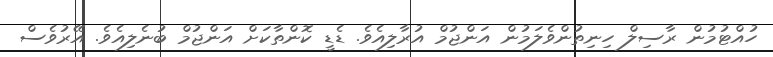
ހުއްޓުމުން ރާސިލް ހިނިތުންވެލަމުން އަންޖުމް އުރާލިއެވެ. ޑެޑީ ކޮންތާކަށް އަންޖުމް ބުނެލިއެވެ. އޭރުވެސް